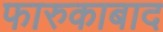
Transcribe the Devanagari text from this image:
फारुकाबाद